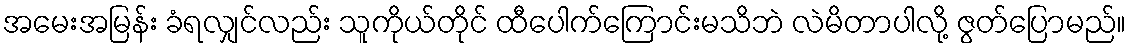
အမေးအမြန်း ခံရလျှင်လည်း သူကိုယ်တိုင် ထီပေါက်ကြောင်းမသိဘဲ လဲမိတာပါလို့ ဇွတ်ပြောမည်။